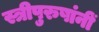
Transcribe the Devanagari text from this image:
स्त्रीपुरुषांनीं